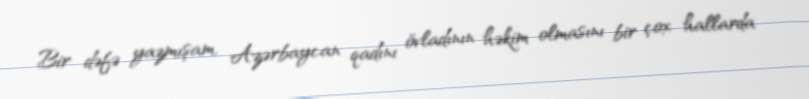
Bir dəfə yazmışam, Azərbaycan qadını övladının həkim olmasını bir çox hallarda